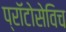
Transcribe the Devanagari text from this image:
प्राॅटोसेविच